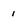
Character: i